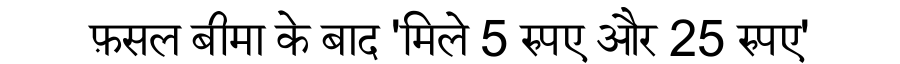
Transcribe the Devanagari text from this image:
फ़सल बीमा के बाद 'मिले 5 रुपए और 25 रुपए'